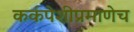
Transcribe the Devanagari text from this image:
कर्कपेशीप्रमाणेच